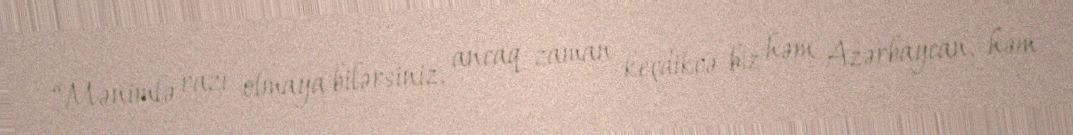
“Mənimlə razı olmaya bilərsiniz, ancaq zaman keçdikcə biz həm Azərbaycan, həm